Report on the bubonic plague in Bombay, 1896-1897
Year: 1896
Disease focus: Plague
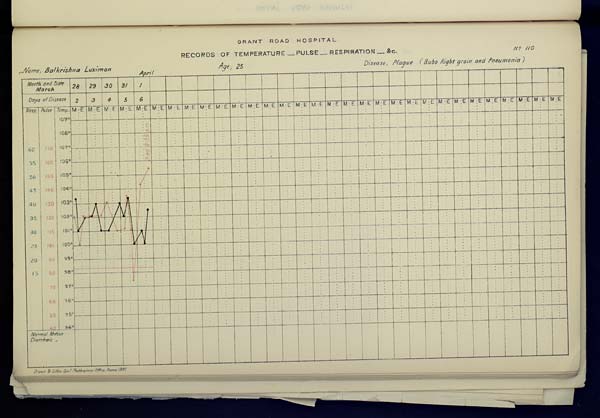
GRANT ROAD HOSPITAL
RECORDS OF TEMPERATURE __ PULSE __ RESPIRATION __ &c. No. 110
Name,
Balkrishna
Luximan
Age,
25
Disease,
Plague
(Bubo
right
groin
and
and
Pneumonia)
April
Drawn & Litho: Govt. Photozinco: Office, Poona 1897.